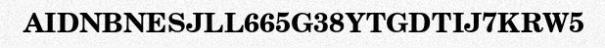
AIDNBNESJLL665G38YTGDTIJ7KRW5